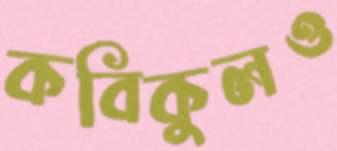
কবিকুলও